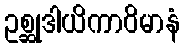
ဥစ္ဆုဒါယိကာဝိမာနံ